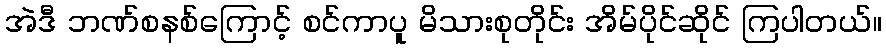
အဲဒီ ဘဏ်စနစ်ကြောင့် စင်ကာပူ မိသားစုတိုင်း အိမ်ပိုင်ဆိုင် ကြပါတယ်။